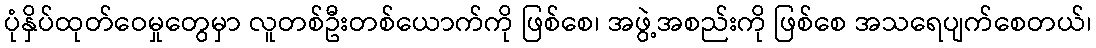
ပုံနှိပ်ထုတ်ဝေမှုတွေမှာ လူတစ်ဦးတစ်ယောက်ကို ဖြစ်စေ၊ အဖွဲ့အစည်းကို ဖြစ်စေ အသရေပျက်စေတယ်၊